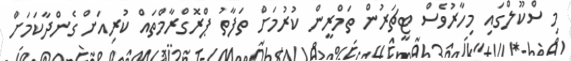
މި ސްކޫލްގައި މިހާރުވެސް ޓީޗަރުން ތަމްރީން ކުރުމަށް ތަފާތު ޕްރޮގްރާމްތައް ކުރިއަށް ގެންދާކަމަށް